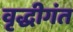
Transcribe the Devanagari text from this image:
वृद्धीगंत